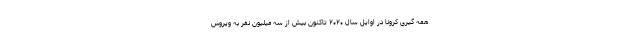
همه گیری کرونا در اوایل سال ۲۰۲۰ تاکنون بیش از سه میلیون نفر به ویروس